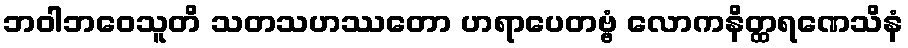
ဘဝါဘဝေသူတိ သတသဟဿတော ဟရာပေတဗ္ဗံ လောကနိတ္ထရဏေသိနံ